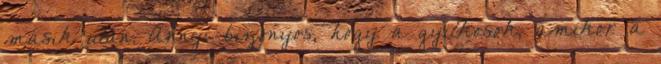
másik után. Annyi bizonyos, hogy a gyilkosok, amikor a